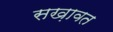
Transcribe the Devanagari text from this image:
सख़ावत